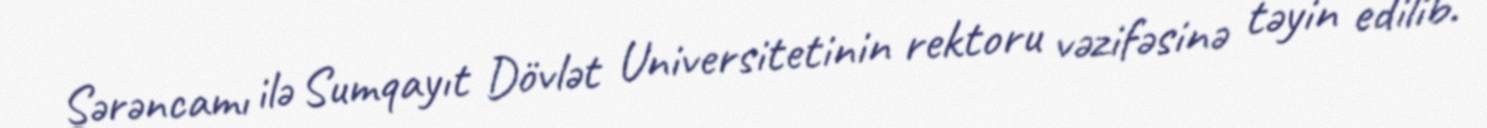
Sərəncamı ilə Sumqayıt Dövlət Universitetinin rektoru vəzifəsinə təyin edilib.